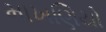
માખણિયો